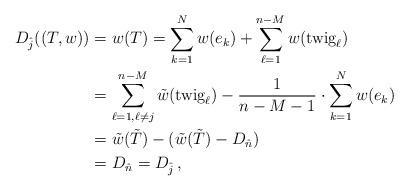
LaTeX: \begin{align*} D_{\hat j}((T,w)) &= w(T) = \sum_{k=1}^{N} w(e_k) + \sum_{\ell=1 }^{n-M} w(\mbox{twig}_\ell) \\ &= \sum_{\ell=1 , \ell\neq j}^{n-M} \tilde w(\mbox{twig}_\ell) - \frac{1}{n-M-1} \cdot \sum_{k=1}^N w(e_k) \\ &= \tilde w(\tilde T) - ( \tilde w (\tilde T) - D_{\hat n} ) \\ &= D_{\hat n} = D_{\hat j} \, ,\end{align*}